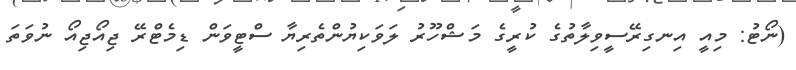
(ނޯޓު: މިއީ އިނގިރޭސީވިލާތުގެ ކުރީގެ މަޝްހޫރު ލަވަކިޔުންތެރިޔާ ސްޓީވަން ޑިމެޓްރޭ ޖިއޯޖިއޯ ނުވަތަ